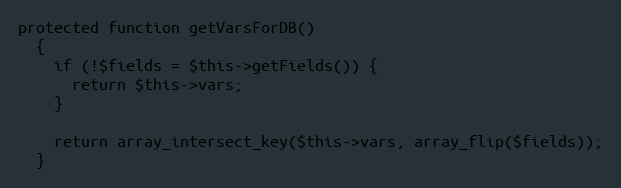
Language: PHP
protected function getVarsForDB()
  {
    if (!$fields = $this->getFields()) {
      return $this->vars;
    }

    return array_intersect_key($this->vars, array_flip($fields));
  }